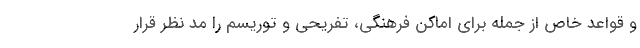
و قواعد خاص از جمله برای اماکن فرهنگی، تفریحی و توریسم را مد نظر قرار